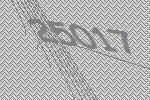
25017